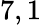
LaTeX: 7,1